Vaccination Hyderabad 1890-1903 - 1890-1903
Year: 1890
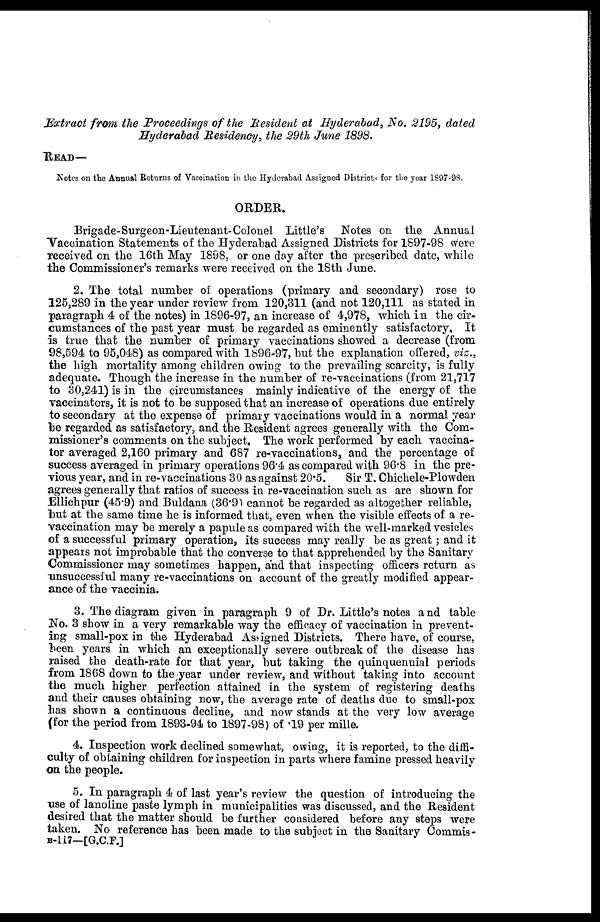
Extract from the Proceedings of the Resident at Hyderabad, No. 2195, dated
Hyderabad Residency, the 29th June 1898.
READ—
Notes on the Annual Returns of Vaccination in the Hyderabad Assigned Districts for the year 1897-98.
ORDER.
Brigade- Surgeon-Lieutenant- Colonel Little's Notes on the Annual
Vaccination Statements of the Hyderabad Assigned Districts for 1897-98 were
received on the 16th May 1898, or one day after the prescribed date, while
the Commissioner's remarks were received on the 18th June.
2. The total number of operations (primary and secondary) rose to
125,289 in the year under review from 120,311 (and not 120,111 as stated in
paragraph 4 of the notes) in 1896-97, an increase of 4,978, which in the cir-
cumstances of the past year must be regarded as eminently satisfactory. It
is true that the number of primary vaccinations showed a decrease (from
98,594 to 95,048) as compared with 1896-97, but the explanation offered, viz.,
the high mortality among children owing to the prevailing scarcity, is fully
adequate. Though the increase in the number of re-vaccinations (from 21,717
to 30,241) is in the circumstances mainly indicative of the energy of the
vaccinators, it is not to be supposed that an increase of operations due entirely
to secondary at the expense of primary vaccinations would in a normal year
be regarded as satisfactory, and the Resident agrees generally with the Com-
missioner's comments on the subject. The work performed by each vaccina-
tor averaged 2,160 primary and 687 re-vaccinations, and the percentage of
success averaged in primary operations 96.4 as compared with 96.8 in the pre-
vious year, and in re-vaccinations 30 as against 20.5.
Sir T. Chichele-Plowden
agrees generally that ratios of success in re-vaccination such as are shown for
Ellichpur (45.9) and Buldana (36.9) cannot be regarded as altogether reliable,
but at the same time he is informed that, even when the visible effects of a re-
vaccination may be merely a papule as compared with the well-marked vesicles
of a successful primary operation, its success may really be as great; and it
appears not improbable that the converse to that apprehended by the Sanitary
Commissioner may sometimes happen, and that inspecting officers return as
unsuccessful many re-vaccinations on account of the greatly modified appear-
ance of the vaccinia.
3. The diagram given in paragraph 9 of Dr. Little's notes and table
No. 3 show in a very remarkable way the efficacy of vaccination in prevent-
ing small-pox in the Hyderabad Assigned Districts. There have, of course,
been years in which an exceptionally severe outbreak of the disease has
raised the death-rate for that year, but taking the quinquennial periods
from 1868 down to the year under review, and without taking into account
the much higher perfection attained in the system of registering deaths
and their causes obtaining now, the average rate of deaths due to small-pox
has shown a continuous decline, and now stands at the very low average
(for the period from 1893-94 to 1897-98) of .19 per mille.
4. Inspection work declined somewhat, owing, it is reported, to the diffi-
culty of obtaining children for inspection in parts where famine pressed heavily
on the people.
5. In paragraph 4 of last year's review the question of introducing the
use of lanoline paste lymph in municipalities was discussed, and the Resident
desired that the matter should be further considered before any steps were
taken. No reference has been made to the subject in the Sanitary Commis-
B-117—[G.C.F.]